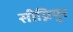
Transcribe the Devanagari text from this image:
सीग्नियुर